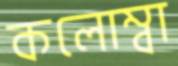
কলোম্বা